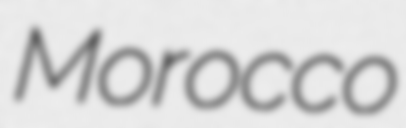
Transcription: Morocco